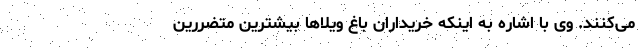
می‌کنند. وی با اشاره به اینکه خریداران باغ ویلاها بیشترین متضررین